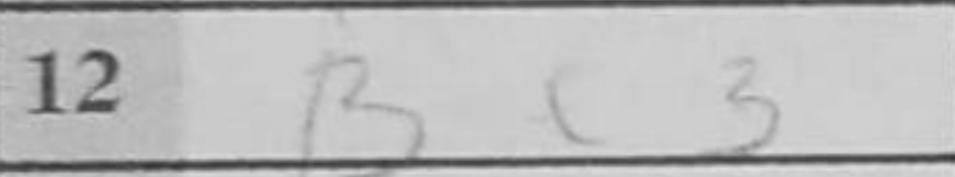
Transcription: Bc3